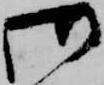
御